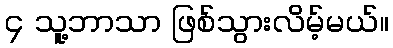
၄ သူ့ဘာသာ ဖြစ်သွားလိမ့်မယ်။